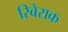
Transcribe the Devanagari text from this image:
रिबेराक